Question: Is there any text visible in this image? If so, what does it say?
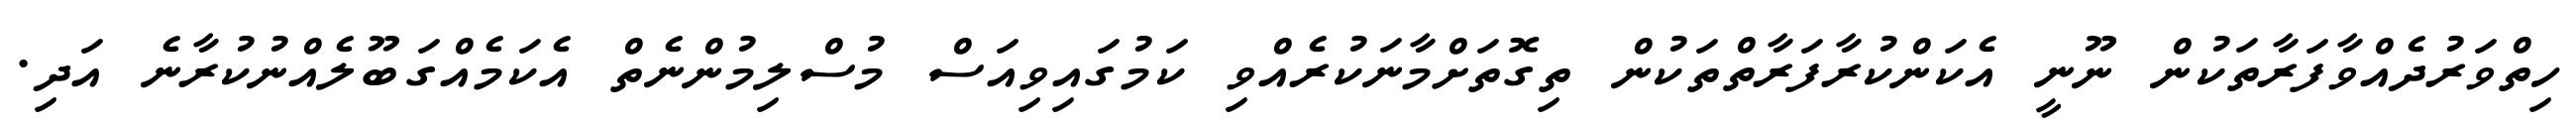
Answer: ހިތްވަރުދެއްވާފަރާތަކުން ނޫނީ އެކަންކުރާފަރާތްތަކުން ތިގޮތަށްމާނަކުރެއްވި ކަމުގައިވިއަސް މުސްލިމުންނެތް އެކަމެއްގަބޫލެއްނުކުރާނެ އަދި.